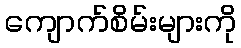
ကျောက်စိမ်းများကို